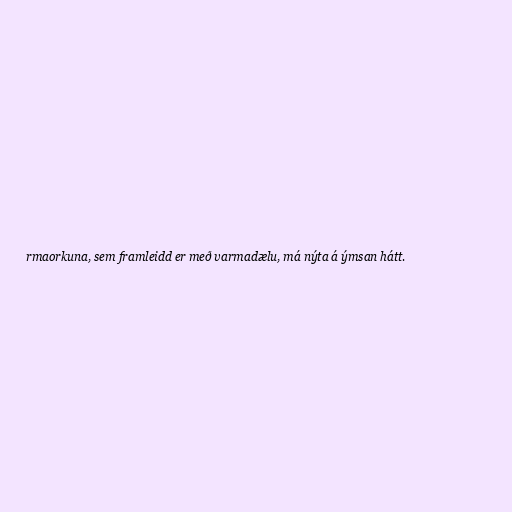
rmaorkuna, sem framleidd er með varmadælu, má nýta á ýmsan hátt.